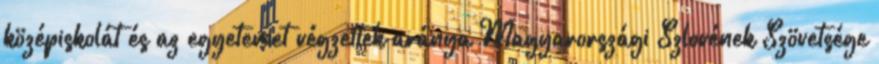
középiskolát és az egyetemet végzettek aránya Magyarországi Szlovének Szövetsége